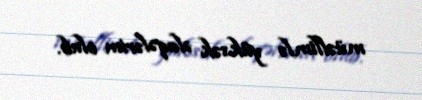
müəllimlə yüksək əlaqələrim olub.